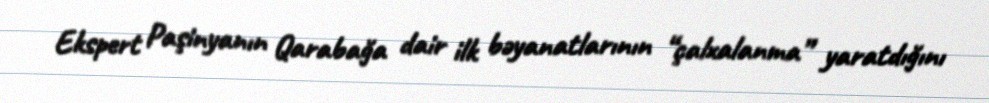
Ekspert Paşinyanın Qarabağa dair ilk bəyanatlarının “çalxalanma” yaratdığını